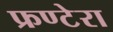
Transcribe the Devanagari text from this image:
फ्रण्टेरा